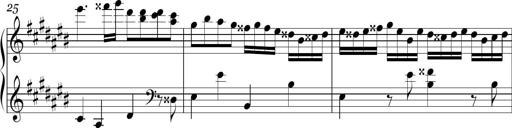
Title: Ten Piano Sonatinas
Composer: Andreas Sain